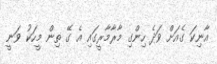
އާނިކަ ގެއަށް ވަދެ ހިންގި މާރާމާރީގައި އެ ގޭ ތިން މީހަކު ވަނީ